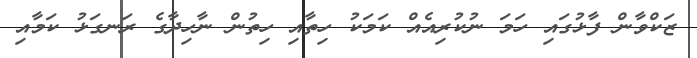
ޒަކްވާން ފާޅުގައި ހަމަ ނުކުރިއެއް ކަމަކު ހިތާއި ހިތުން ނާހިދާގެ ރަނގަޅު ކަމާއި